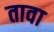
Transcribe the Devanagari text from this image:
तावा